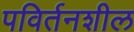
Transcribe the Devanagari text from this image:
पविर्तनशील